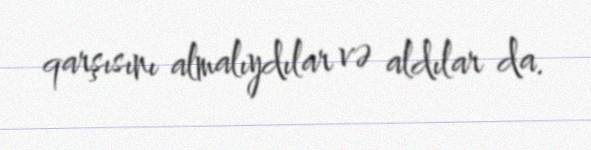
qarşısını almalıydılar və aldılar da.